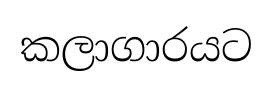
කලාගාරයට